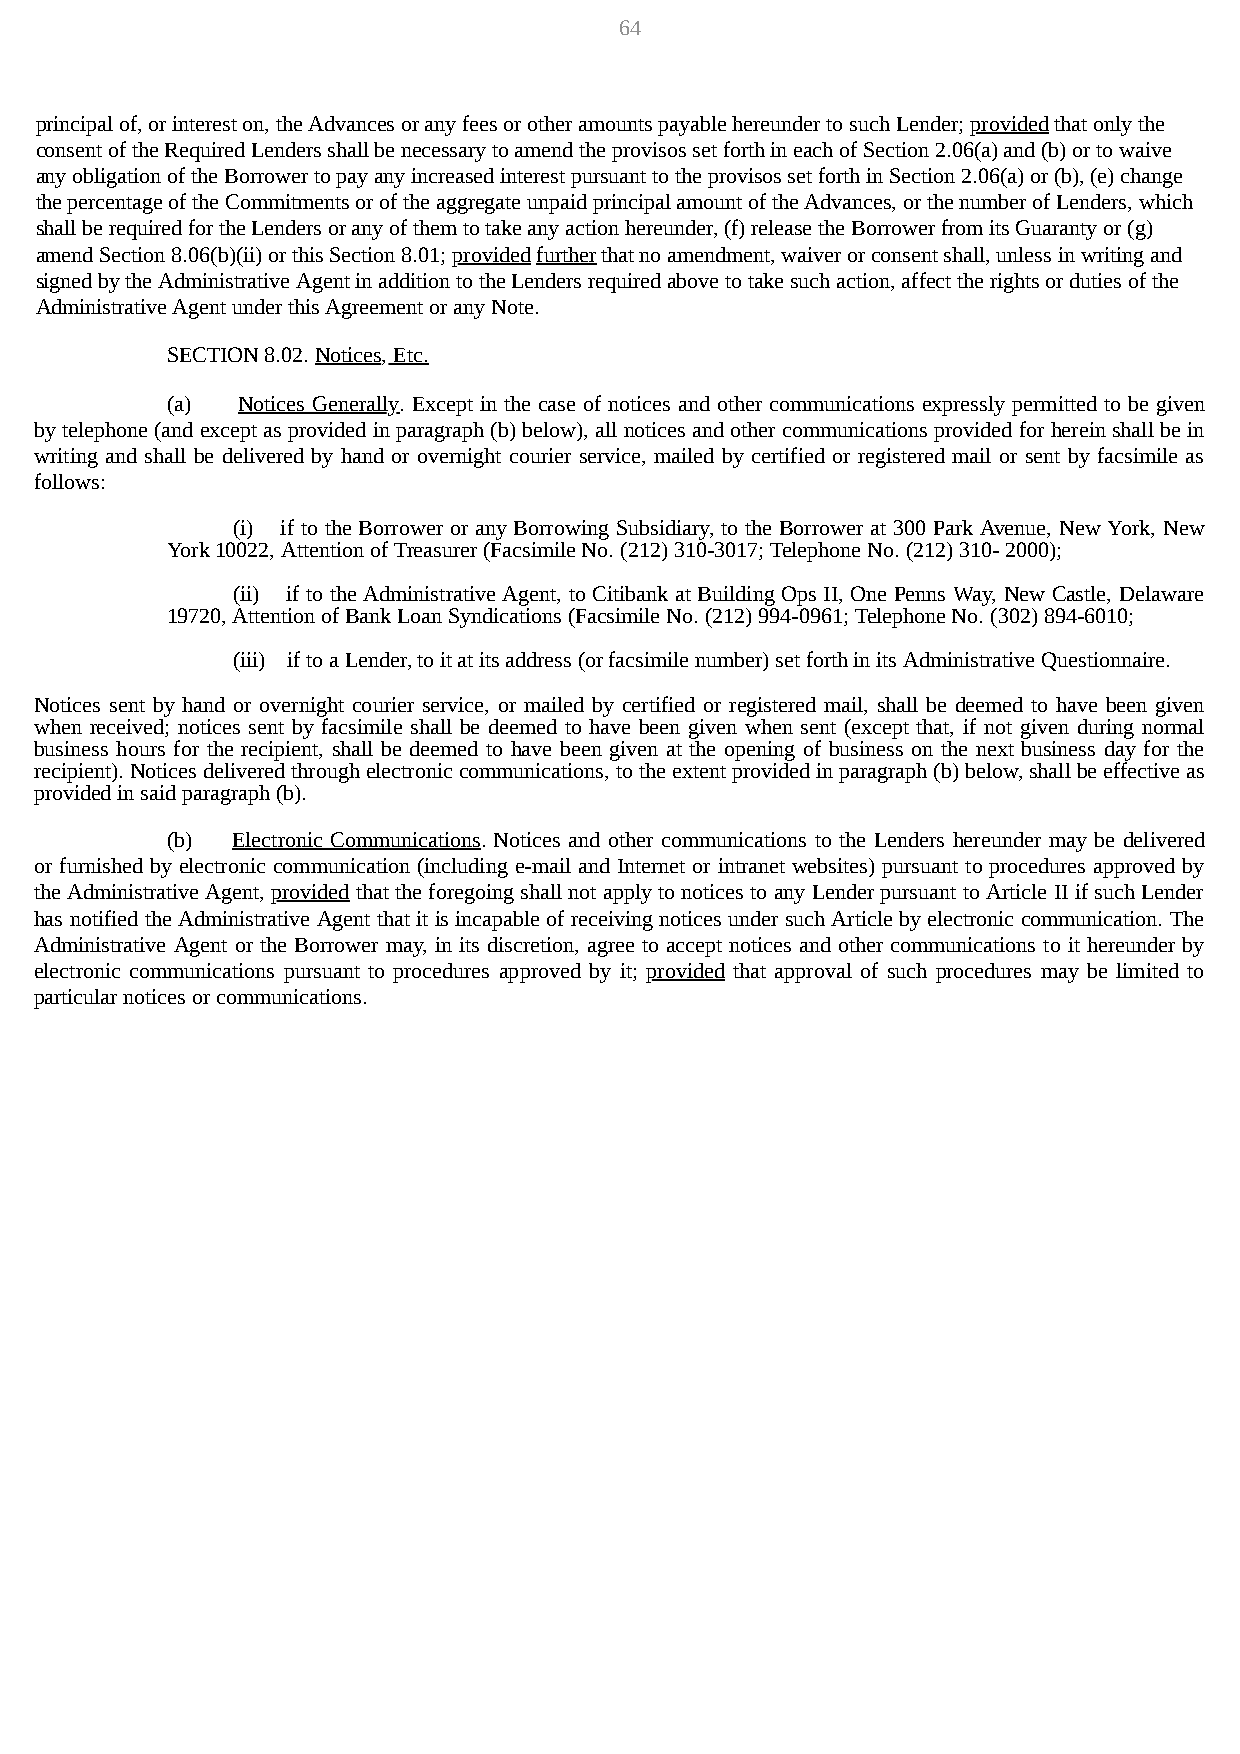
64
 principal of, or interest on, the Advances or any fees or other amounts payable hereunder to such Lender; provided that only the
 consent of the Required Lenders shall be necessary to amend the provisos set forth in each of Section 2.06(a) and (b) or to waive
 any obligation of the Borrower to pay any increased interest pursuant to the provisos set forth in Section 2.06(a) or (b), (e) change
 the percentage of the Commitments or of the aggregate unpaid principal amount of the Advances, or the number of Lenders, which
 shall be required for the Lenders or any of them to take any action hereunder, (f) release the Borrower from its Guaranty or (g)
 amend Section 8.06(b)(ii) or this Section 8.01; provided further that no amendment, waiver or consent shall, unless in writing and
 signed by the Administrative Agent in addition to the Lenders required above to take such action, affect the rights or duties of the
 Administrative Agent under this Agreement or any Note.
 SECTION 8.02. Notices, Etc.
 (a)  Notices Generally. Except in the case of notices and other communications expressly permitted to be given
 by telephone (and except as provided in paragraph (b) below), all notices and other communications provided for herein shall be in
 writing and shall be delivered by hand or overnight courier service, mailed by certified or registered mail or sent by facsimile as
 follows:
 (i) if to the Borrower or any Borrowing Subsidiary, to the Borrower at 300 Park Avenue, New York, New
 York 10022, Attention of Treasurer (Facsimile No. (212) 310-3017; Telephone No. (212) 310- 2000);
 (ii) if to the Administrative Agent, to Citibank at Building Ops II, One Penns Way, New Castle, Delaware
 19720, Attention of Bank Loan Syndications (Facsimile No. (212) 994-0961; Telephone No. (302) 894-6010;
 (iii) if to a Lender, to it at its address (or facsimile number) set forth in its Administrative Questionnaire.
 Notices sent by hand or overnight courier service, or mailed by certified or registered mail, shall be deemed to have been given
 when received; notices sent by facsimile shall be deemed to have been given when sent (except that, if not given during normal
 business hours for the recipient, shall be deemed to have been given at the opening of business on the next business day for the
 recipient). Notices delivered through electronic communications, to the extent provided in paragraph (b) below, shall be effective as
 provided in said paragraph (b).
 (b) Electronic Communications. Notices and other communications to the Lenders hereunder may be delivered
 or furnished by electronic communication (including e-mail and Internet or intranet websites) pursuant to procedures approved by
 the Administrative Agent, provided that the foregoing shall not apply to notices to any Lender pursuant to Article II if such Lender
 has notified the Administrative Agent that it is incapable of receiving notices under such Article by electronic communication. The
 Administrative Agent or the Borrower may, in its discretion, agree to accept notices and other communications to it hereunder by
 electronic communications pursuant to procedures approved by it; provided that approval of such procedures may be limited to
 particular notices or communications.